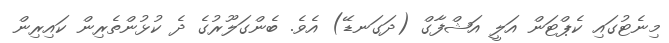
މިނެޓުގައި ކެޕްޓަން އަލީ އަޝްފާގް (ދަގަނޑޭ) އެވެ. ބެންގަލޫރުގެ ދެ ކުޅުންތެރިން ކައިރިން